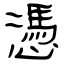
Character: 憑